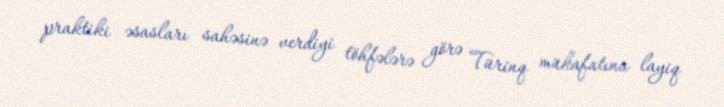
praktiki əsasları sahəsinə verdiyi töhfələrə görə Türinq mükafatına layiq